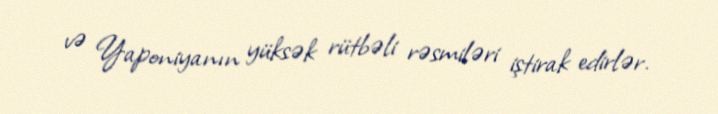
və Yaponiyanın yüksək rütbəli rəsmiləri iştirak edirlər.